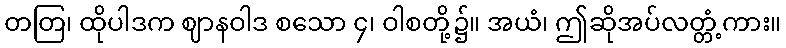
တတြ၊ ထိုပါဒက ဈာနဝါဒ စသော ၄၊ ဝါစတို့၌။ အယံ၊ ဤဆိုအပ်လတ္တံ့ကား။